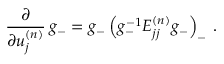
\frac { \partial } { \partial u _ { j } ^ { ( n ) } } \, g _ { - } = g _ { - } \left( g _ { - } ^ { - 1 } E _ { j j } ^ { ( n ) } g _ { - } \right) _ { - } \, .